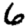
Digit: 6